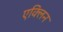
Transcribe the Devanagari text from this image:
एक्लिन